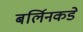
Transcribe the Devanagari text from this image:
बर्लिनकडे